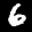
Label: 6